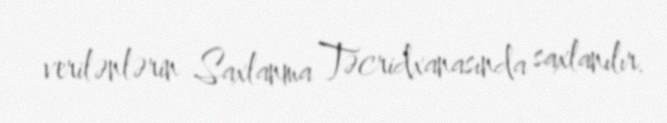
verilənlərin Saxlanma Təcridxanasında saxlanılır.